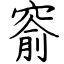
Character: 窬